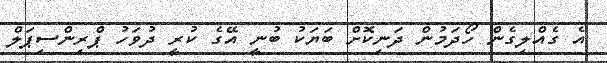
އެ ގެއްލިގެން ހޯދަމުން ދަނިކޮށް ބަޔަކު ބުނީ އޭގެ ކުރީ ދުވަހު ޕްރިންސިޕަލް